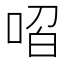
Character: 𭈋